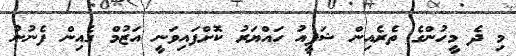
މި ދެ މީހުންގެ ތެރެއިން ޝަފީއު ހައްޔަރު ކޮށްފައިވަނީ އަޒުމް ގެއިން ފެނުނު